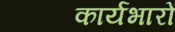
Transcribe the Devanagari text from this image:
कार्यभारों